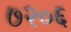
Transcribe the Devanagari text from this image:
७२०६